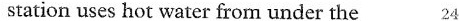
station uses hot water from under the 24